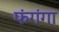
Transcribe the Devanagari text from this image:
फंगंगा